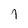
Character: l